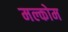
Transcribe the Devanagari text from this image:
मल्कोम